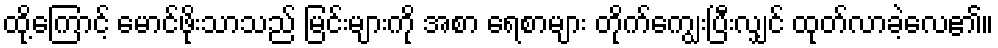
ထို့ကြောင့် မောင်ဖိုးသာသည် မြင်းများကို အစာ ရေစာများ တိုက်ကျွေးပြီးလျှင် ထုတ်လာခဲ့လေ၏။